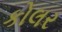
કોલર